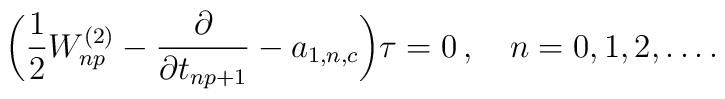
\biggl({1\over2}W_{np}^{(2)}-{\partial\over\partial t_{np+1}}-a_{1,n,c}	\biggr)\tau = 0\,,\quad n=0,1,2,\ldots.